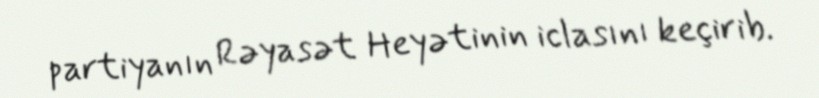
partiyanın Rəyasət Heyətinin iclasını keçirib.